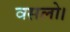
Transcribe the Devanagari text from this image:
वसलो।